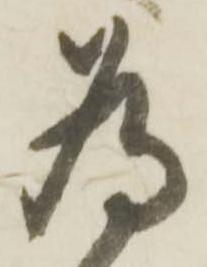
為